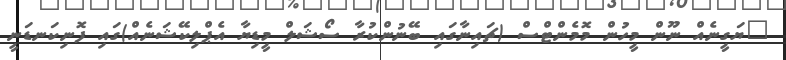
"ޔަގީނެއް ނޫން މީހުން މޮމެންޓްސް (ޗައިނާގައި ބޭނުންކުރާ ސޯޝަލް މީޑިޔާ އެޕްލިކޭޝަނެއް)ގައި ފޮނިކަނޑަނީ